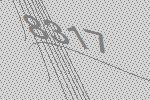
8317